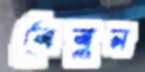
বেবুন